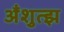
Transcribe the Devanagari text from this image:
अँशुत्झ